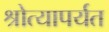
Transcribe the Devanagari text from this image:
श्रोत्यापर्यत